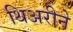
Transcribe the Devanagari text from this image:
थिअरीने